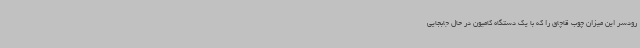
رودسر این میزان چوب قاچاق را که با یک دستگاه کامیون در حال جابجایی